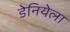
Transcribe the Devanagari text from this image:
डेनियेला